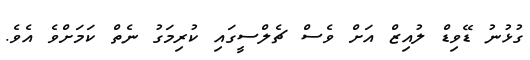
ގުޅުނު ޑޭވިޑް ލުއިޒް އަށް ވެސް ޗެލްސީގައި ކުރިމަގު ނެތް ކަމަށްވެ އެވެ.